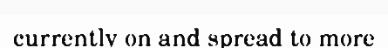
currently on and spread to more